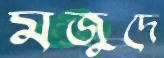
মজুদে